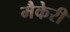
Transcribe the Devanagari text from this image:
मैकेरी